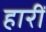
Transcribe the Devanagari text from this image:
हारीं